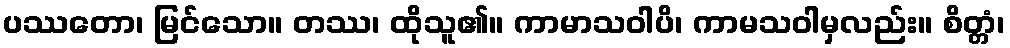
ပဿတော၊ မြင်သော။ တဿ၊ ထိုသူ၏။ ကာမာသဝါပိ၊ ကာမသဝါမှလည်း။ စိတ္တံ၊